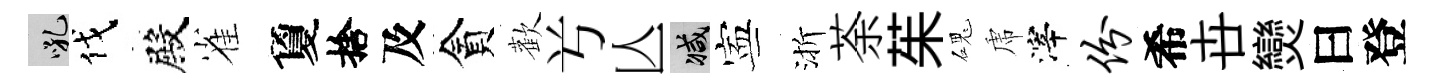
吼伐殿雀夐捨及貪歡𠔃亾减寕渐荼茱磈虎滓份希卋𤓖曰登